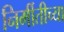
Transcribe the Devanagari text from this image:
निर्मीतीच्या